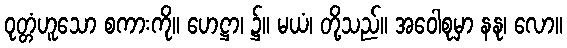
ဝုတ္တံဟူသော စကားကို။ ဟေဋ္ဌာ၊ ၌။ မယံ၊ တို့သည်။ အဝေါစုမှာ နနု၊ လော။